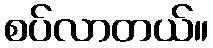
စပ်လာတယ်။